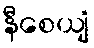
နီစေယျံ